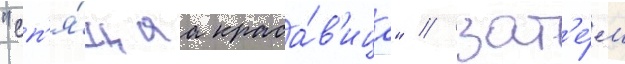
"сп'я́щаа краса́в'ица" / зат'е́м